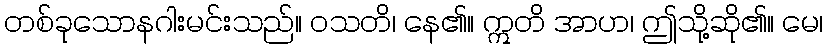
တစ်ခုသောနဂါးမင်းသည်။ ဝသတိ၊ နေ၏။ ဣတိ အာဟ၊ ဤသို့ဆို၏။ မေ၊